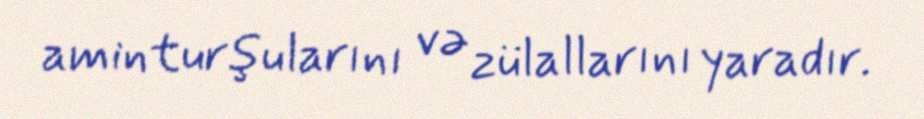
aminturşularını və zülallarını yaradır.